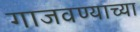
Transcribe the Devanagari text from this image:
गाजवण्याच्या